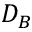
D _ { B }